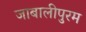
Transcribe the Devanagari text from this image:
जाबालीपुरम